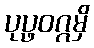
ပုပ္ဖဝဂ္ဂမှိ